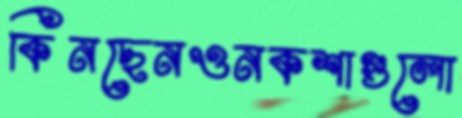
কিনছেনওনকশাগুলো